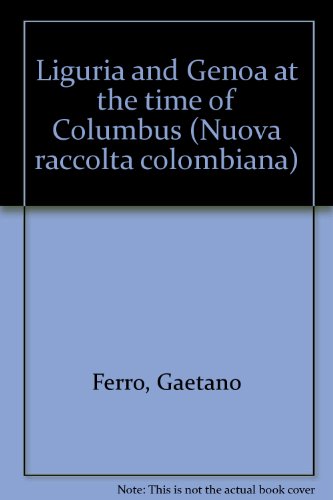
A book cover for Liguria and Genoa at the time of Columbus: Gaetano Ferro ; with contributions from Pietro Barozzi ... [et al.] ; translated into English by Anne ... (Nuova raccolta colombiana, English edition); Gaetano Ferro; Travel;